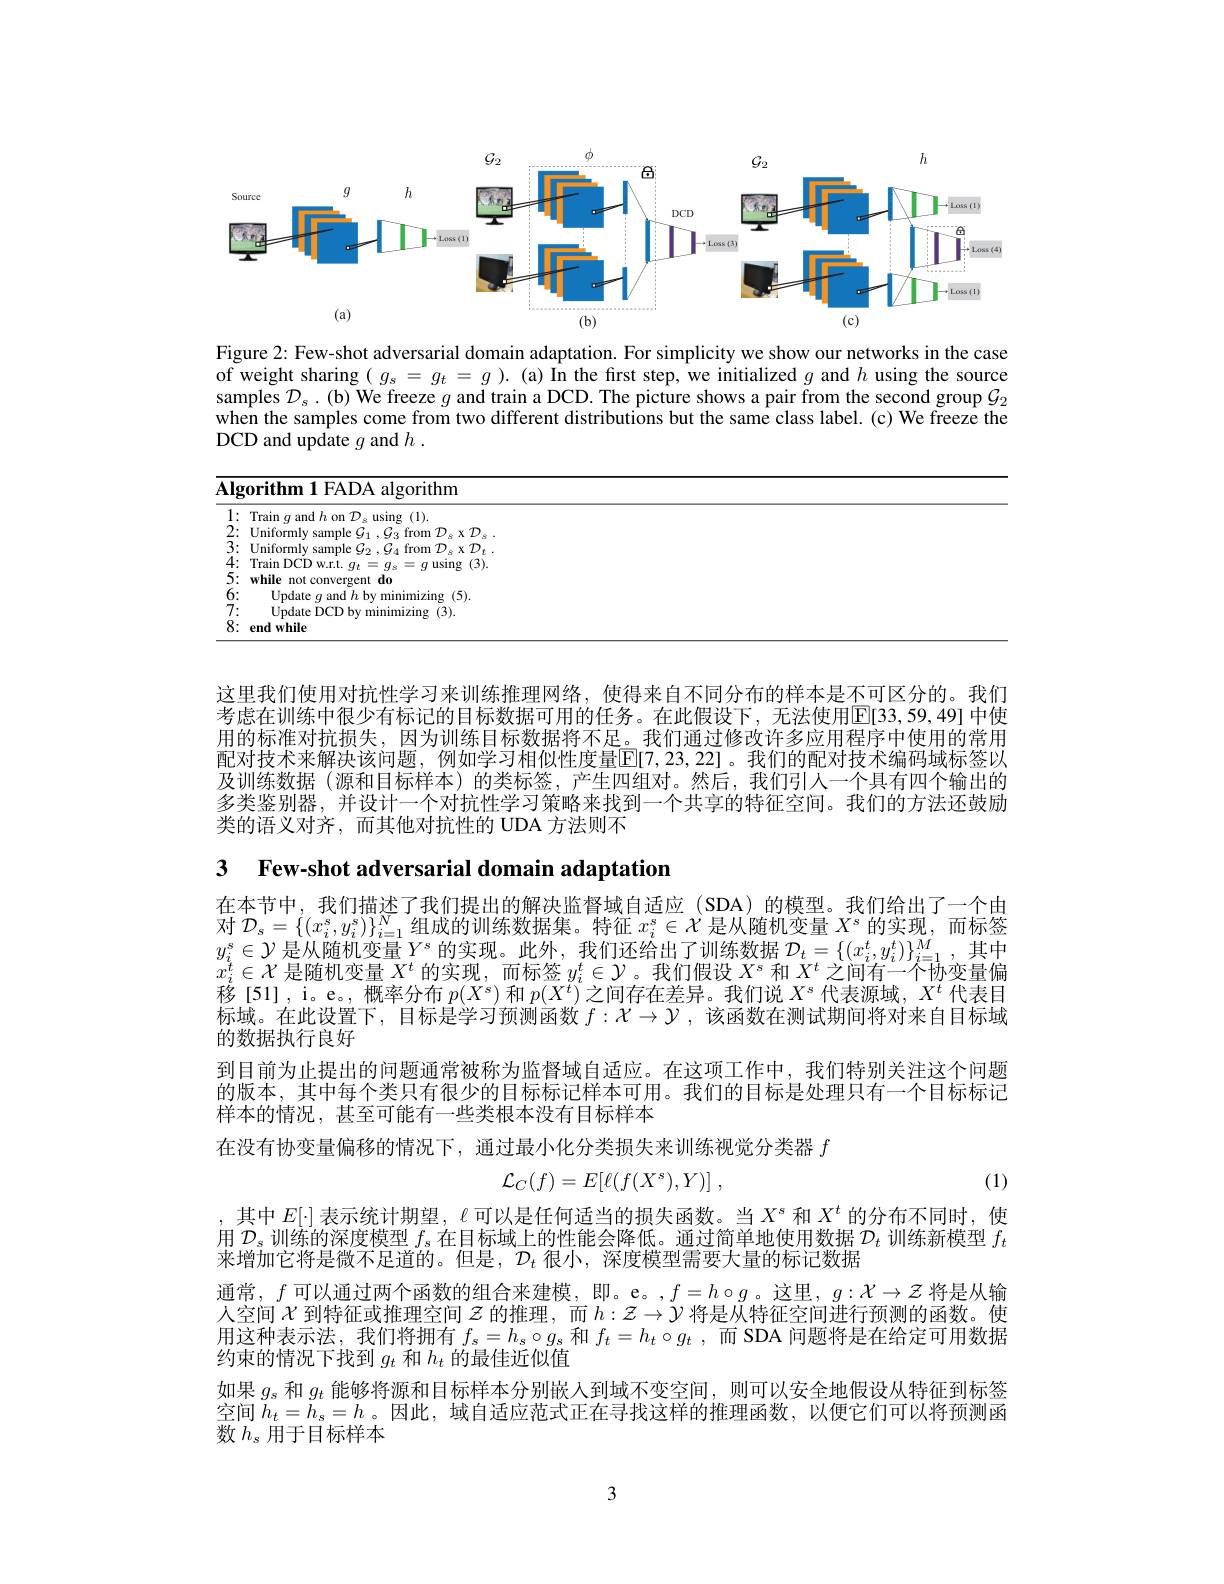
<FigureHere>

Figure 2: Few-shot adversarial domain adaptation. For simplicity we show our networks in the case of weight sharing $(g_s=g_t=g).$ (a) In the first step, we initialized $g$ and $h$ using the source samples $\mathcal{D}_s.($b) We freeze $g$ and train a DCD. The picture shows a pair from the second group $\mathcal{G}_2$ when the samples come from two different distributions but the same class label. (c) We freeze the DCD and update $g$ and $h.$

<table>
	<tbody>
		<tr>
			<th>$\overline{\mathbf{Als}}$ 1 1 1</th>
			<th>$\textbf{rithm 1 FADA algorithm}$</th>
		</tr>
		<tr>
			<td>1 $\bullet$</td>
			<td>$\arcsin g$ and $h$ on $\mathcal{D}$。using (l).</td>
		</tr>
		<tr>
			<td>2:</td>
			<td>$\mathrm{~from}^{\text{T}}$ $\textbf{x}\mathcal{D}$</td>
		</tr>
		<tr>
			<td>3:</td>
			<td>$\mathbf{y}^{\prime\prime}$</td>
		</tr>
		<tr>
			<td>4. 1 1 1 1</td>
			<td>$\operatorname{ain}$DCD w.r.t. $q_t=q_s$ $=q$ using (3)</td>
		</tr>
		<tr>
			<td>5: ·</td>
			<td>not convergent $d_{\mathrm{c}}$</td>
		</tr>
		<tr>
			<td>6:</td>
			<td>Update $q$ and $h$ by minimizing (5).</td>
		</tr>
		<tr>
			<td>7:</td>
			<td>$l/ndateDCDbvminimizing(3)$</td>
		</tr>
		<tr>
			<td>8: T 1</td>
			<td>1while</td>
		</tr>
	</tbody>
</table>

这里我们使用对抗性学习来训练推理网络，使得来自不同分布的样本是不可区分的。我们考虑在训练中很少有标记的目标数据可用的任务。在此假设下，无法使用$\boxed{\mathrm{E}}[33,59,49]$ 中使用的标准对抗损失，因为训练目标数据将不足。我们通过修改许多应用程序中使用的常用配对技术来解决该问题，例如学习相似性度量$\overline{\mathbb{E}}[7,23,22]$。我们的配对技术编码域标签以及训练数据 (源和日标样本)的类标签，产生四组对。然后，我们引人一个具有四个输出的多类鉴别器，并设计一个对抗性学习策略来找到一个共享的特征空间。我们的方法还鼓励类的语义对齐，而其他对抗性的 UDA 方法则不

3 Few-shot adversarial domain adaptation

在本节中，我们描述了我们提出的解决监督域自适应(SDA)的模型。我们给出了一个由对$\mathcal{D}_s=\{(x_i^s,y_i^s)\}_{i=1}^N$组成的训练数据集。特征$x_i^s\in\mathcal{X}$是从随机变量$X^s$的实现，而标签$y_i^s\in\mathcal{Y}$ 是从随机变量$Y^\text{s}$的实现。此外，我们还给出了训练数据 $\mathcal{D}_t=\{(x_i^t,y_i^t)\}_i=1^M$,其中$x_i^t\in\mathcal{X}$是随机变量$X^t$的实现，而标签$y_i^t\in\mathcal{Y}$。我们假设$X^s$和$X^t$之间有一个协变量偏移[51],i。e。,概率分布$p(X^s)$和$p(X^t)$之间存在差异。我们说$X^s$代表源域，$X^t$代表目标域。在此设置下，目标是学习预测函数$f:\mathcal{X}\to\mathcal{Y}$ ,该函数在测试期间将对来自目标域的数据执行良好
到目前为止提出的问题通常被称为监督域自适应。在这项工作中，我们特别关注这个问题的版本，其中每个类只有很少的目标标记样本可用。我们的目标是处理只有一个目标标记样本的情况，甚至可能有一些类根本没有目标样本

在没有协变量偏移的情况下，通过最小化分类损失来训练视觉分类器$f$
$$\mathcal{L}_C(f)=E[\ell(f(X^s),Y)]\:,$$
(1)

其中$E[\cdot]$表示统计期望，$\ell$可以是任何适当的损失函数。当$X^s$和$X^t$的分布不同时，使用$\mathcal{D}_\mathrm{s}$训练的深度模型$f_\mathrm{s}$在目标域上的性能会降低。通过简单地使用数据$\mathcal{D}_t$训练新模型$f_t$ 来增加它将是微不足道的。但是，$\mathcal{D}_t$很小，深度模型需要大量的标记数据
通常，$f$可以通过两个函数的组合来建模，即。e。,$f=h\circ g$ 。这里，$g:\mathcal{X}\to\mathcal{Z}$将是从输人空间$\mathcal{X}$到特征或推理空间$\mathcal{Z}$的推理，而$h:\mathcal{Z}\to\bar{\mathcal{Y}}$将是从特征空间进行预测的函数。使用这种表示法，我们将拥有$f_s=h_s\circ g_s$和$f_t=h_t\circ g_t$,而 SDA 问题将是在给定可用数据约束的情况下找到$g_t$和$h_t$的最佳近似值
如果$g_s$和$g_t$能够将源和目标样本分别嵌入到域不变空间，则可以安全地假设从特征到标签空间$h_t=h_s=h$。因此，域自适应范式正在寻找这样的推理函数，以便它们可以将预测函数$h_s$用于目标样本

3